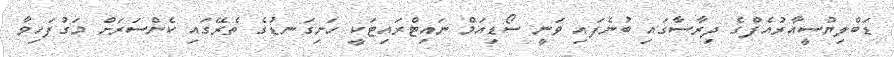
ޑަބްލިޔުސީއާރުއެފްގެ ދިރާސާގައި ބުނެފައި ވަނީ ސޯޑިއަމް ނައިޓްރައިޓަކީ ހަށިގަނޑުގެ ތެރޭގައި ކެންސަރަށް މަގުފަހިވާ